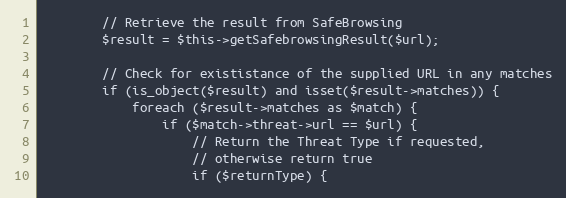
Language: PHP
        // Retrieve the result from SafeBrowsing
        $result = $this->getSafebrowsingResult($url);

        // Check for exististance of the supplied URL in any matches
        if (is_object($result) and isset($result->matches)) {
            foreach ($result->matches as $match) {
                if ($match->threat->url == $url) {
                    // Return the Threat Type if requested,
                    // otherwise return true
                    if ($returnType) {